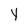
Character: Y